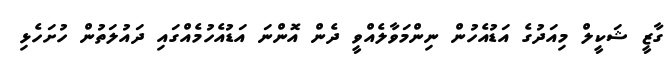
ގާޒީ ޝަކީލް މިއަދުގެ އަޑުއެހުން ނިންމަވާލެއްވީ ދެން އޮންނަ އަޑުއެހުމެއްގައި ދައުލަތުން ހުށަހެޅި